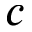
c